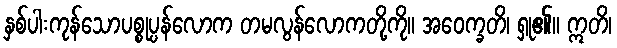
နှစ်ပါးကုန်သောပစ္စုပ္ပန်လောက တမလွန်လောကတို့ကို။ အဝေက္ခတိ၊ ရှု၏။ ဣတိ၊